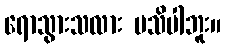
ရောသွားသလား မသိပါဘူး။